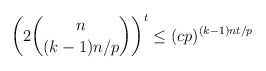
\begin{align*} \left(2\binom{n}{(k-1)n/p}\right)^t\leq (cp)^{(k-1)nt/p}\end{align*}